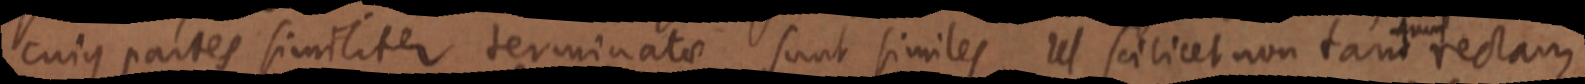
cuius partes similiter terminatae sunt similes Ut scilicet non tam rectam